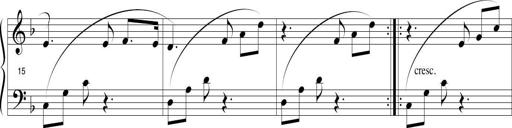
Title: Sonatina in D minor
Composer: Paul Csige
Key: D minor